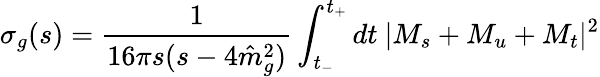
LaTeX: \sigma_{g}(s)={\frac{1}{16\pi s(s-4{\hat{m}}_{g}^{2})}}\int_{t_{-}}^{t_{+}}dt\ \vert M_{s}+M_{u}+M_{t}\vert^{2}